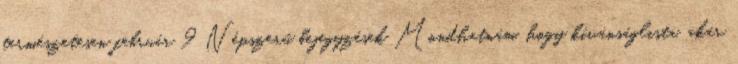
természetesen február 9 Népszerű bejegyzések Mondhatnám, hogy kívánságlista, akár